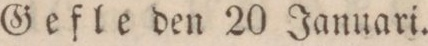
Gefle den 20 Januari.